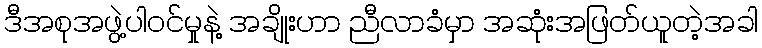
ဒီအစုအဖွဲ့ပါဝင်မှုနဲ့ အချိုးဟာ ညီလာခံမှာ အဆုံးအဖြတ်ယူတဲ့အခါ